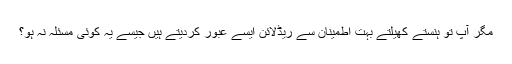
مگر آپ تو ہنستے کھیلتے بہت اطمینان سے ریڈلائن ایسے عبور کردیتے ہیں جیسے یہ کوئی مسئلہ نہ ہو؟